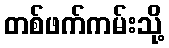
တစ်ဖက်ကမ်းသို့